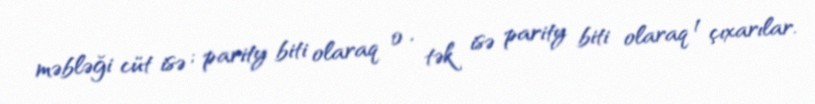
məbləği cüt isə ; parity biti olaraq 0 , tək isə parity biti olaraq 1 çıxarılar.